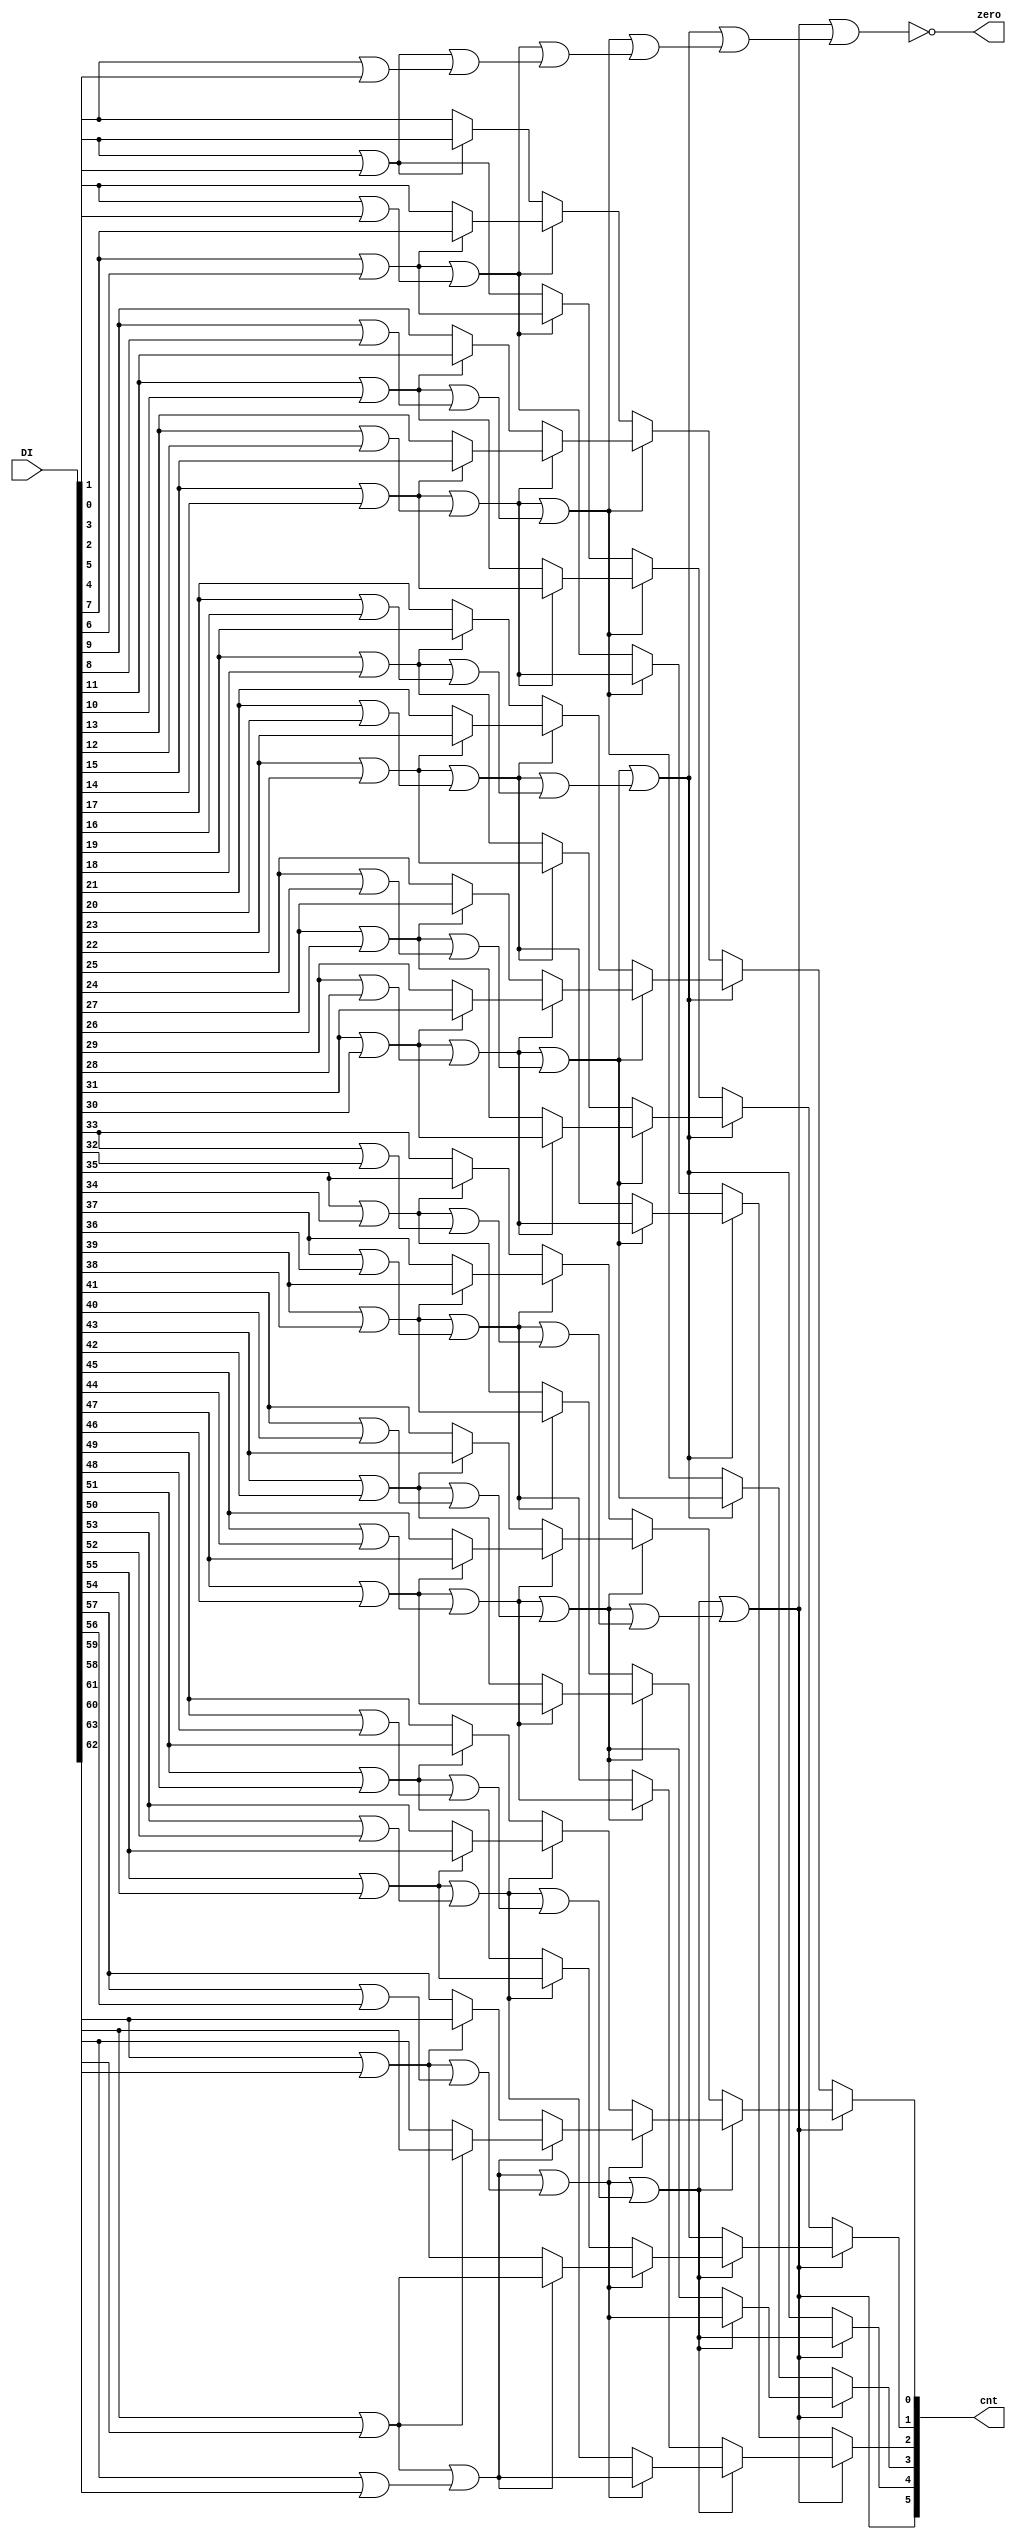
/*
 * Project:     Bitlet PE
 * Module:      Bitlet_FindMSB
 * Discription: A component of packager, to locate MSB 1 in DI.
 * Dependency:  
 * 
 */

`timescale 1ns / 1ps

module Bitlet_FindMSB
#(
    parameter W = 64
)
(
    input   [W-1:0]         DI,
    output                  zero,
    output  [$clog2(W)-1:0] cnt
);

localparam  N   = $clog2(W);

wire            or_tree[N:0][2**N-1:0];
wire    [N-1:0] pt_tree[N-1:0][2**(N-1)-1:0];

generate
    genvar i, j, k;
    for (j=0; j<2**N; j=j+1)
    begin
        assign or_tree[N][j]    = DI[j];
    end
    for (i=0; i<N; i=i+1)
    begin
        for (j=0; j<2**i; j=j+1)
        begin
            assign or_tree[i][j]    = or_tree[i+1][2*j+1] | or_tree[i+1][2*j+0];
        end
    end

    for (k=0; k<N; k=k+1)
    begin
        for (i=0; i<N-k-1; i=i+1)
        begin
            for (j=0; j<2**i; j=j+1)
            begin
                assign pt_tree[i][j][k] = (or_tree[i+1][2*j+1]) ? pt_tree[i+1][2*j+1][k] : pt_tree[i+1][2*j+0][k];
            end
        end
        for (j=0; j<2**(N-k-1); j=j+1)
        begin
            assign pt_tree[N-k-1][j][k] = or_tree[N-k][2*j+1];
        end
    end
endgenerate

//assign zero = ~|DI;
assign zero = ~or_tree[0][0];
assign cnt  = pt_tree[0][0];

endmodule